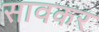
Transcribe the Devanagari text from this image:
सावकर